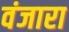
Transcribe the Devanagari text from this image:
वंजारा